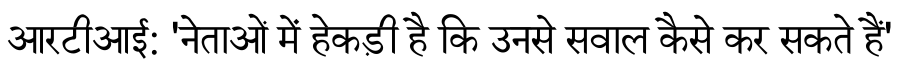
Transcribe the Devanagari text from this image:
आरटीआई: 'नेताओं में हेकड़ी है कि उनसे सवाल कैसे कर सकते हैं'